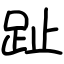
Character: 趾